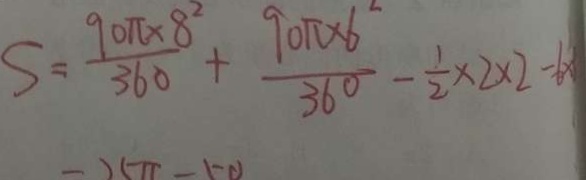
S = \frac { 9 0 \pi 8 ^ { \circ } } { 3 6 0 } + \frac { 9 0 \pi \times 6 } { 3 6 0 } - \frac { 1 } { 2 } \times 2 \times 2 - 6 x